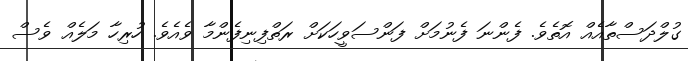
ގުލްދަސްތާއެއް އޮތެވެ. ފެންނަ ފެނުމަށް ފަންސަވީހަކަށް ރަތްފިނިފެންމާ ވެއެވެ. ހުރިހާ މަލެއް ވެސް